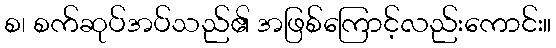
စ၊ စက်ဆုပ်အပ်သည်၏ အဖြစ်ကြောင့်လည်းကောင်း။